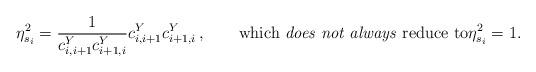
LaTeX: \begin{align*}\eta_{s_i}^2 = \frac{1}{c_{i,i+1}^Yc_{i+1,i}^Y}c^Y_{i,i+1}c_{i+1,i}^Y\,,\qquad\hbox{which \emph{does not always} reduce to}\eta_{s_i}^2 = 1.\end{align*}